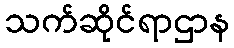
သက်ဆိုင်ရာဌာန